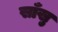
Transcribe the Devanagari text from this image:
साँखु